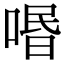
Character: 㗃